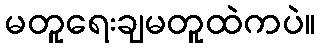
မတူရေးချမတူထဲကပဲ။